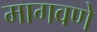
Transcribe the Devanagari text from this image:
मागवणे